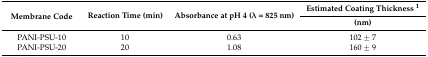
<table><thead><tr><td rowspan="2"><b>Membrane Code</b></td><td rowspan="2"><b>Reaction Time (min)</b></td><td rowspan="2"><b>Absorbance at pH 4 (λ = 825 nm)</b></td><td><b>Estimated Coating Thickness <sup>1</sup></b></td></tr><tr><td><b>(nm)</b></td></tr></thead><tbody><tr><td>PANI-PSU-10</td><td>10</td><td>0.63</td><td>102 ± 7</td></tr><tr><td>PANI-PSU-20</td><td>20</td><td>1.08</td><td>160 ± 9</td></tr></tbody></table>